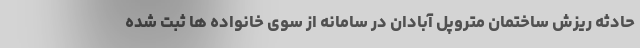
حادثه ریزش ساختمان متروپل آبادان در سامانه از سوی خانواده ها ثبت شده